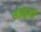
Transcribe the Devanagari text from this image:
सोनुली